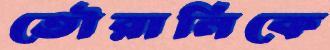
তৌরানিকে